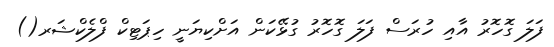
ފަލަ ގޮހޮރު އާއި ހުރަސް ފަލަ ގޮހޮރު ގުޅޭކަން އަށްކިޔަނީ ހިޕަޓިކް ފްލެކްޝަރ()